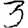
Digit: 3